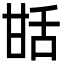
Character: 甛